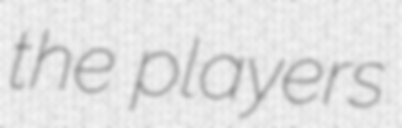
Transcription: the players